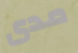
مدى